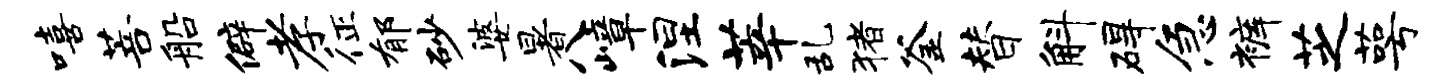
嘻菩船僻孝征郁砂婆暑八嶂涅莘乱猪釜替斛碍急裤芝萼